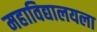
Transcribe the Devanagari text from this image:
महाविद्यालयला